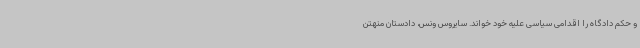
و حکم دادگاه را اقدامی سیاسی علیه خود خواند. سایروس ونس، دادستان منهتن